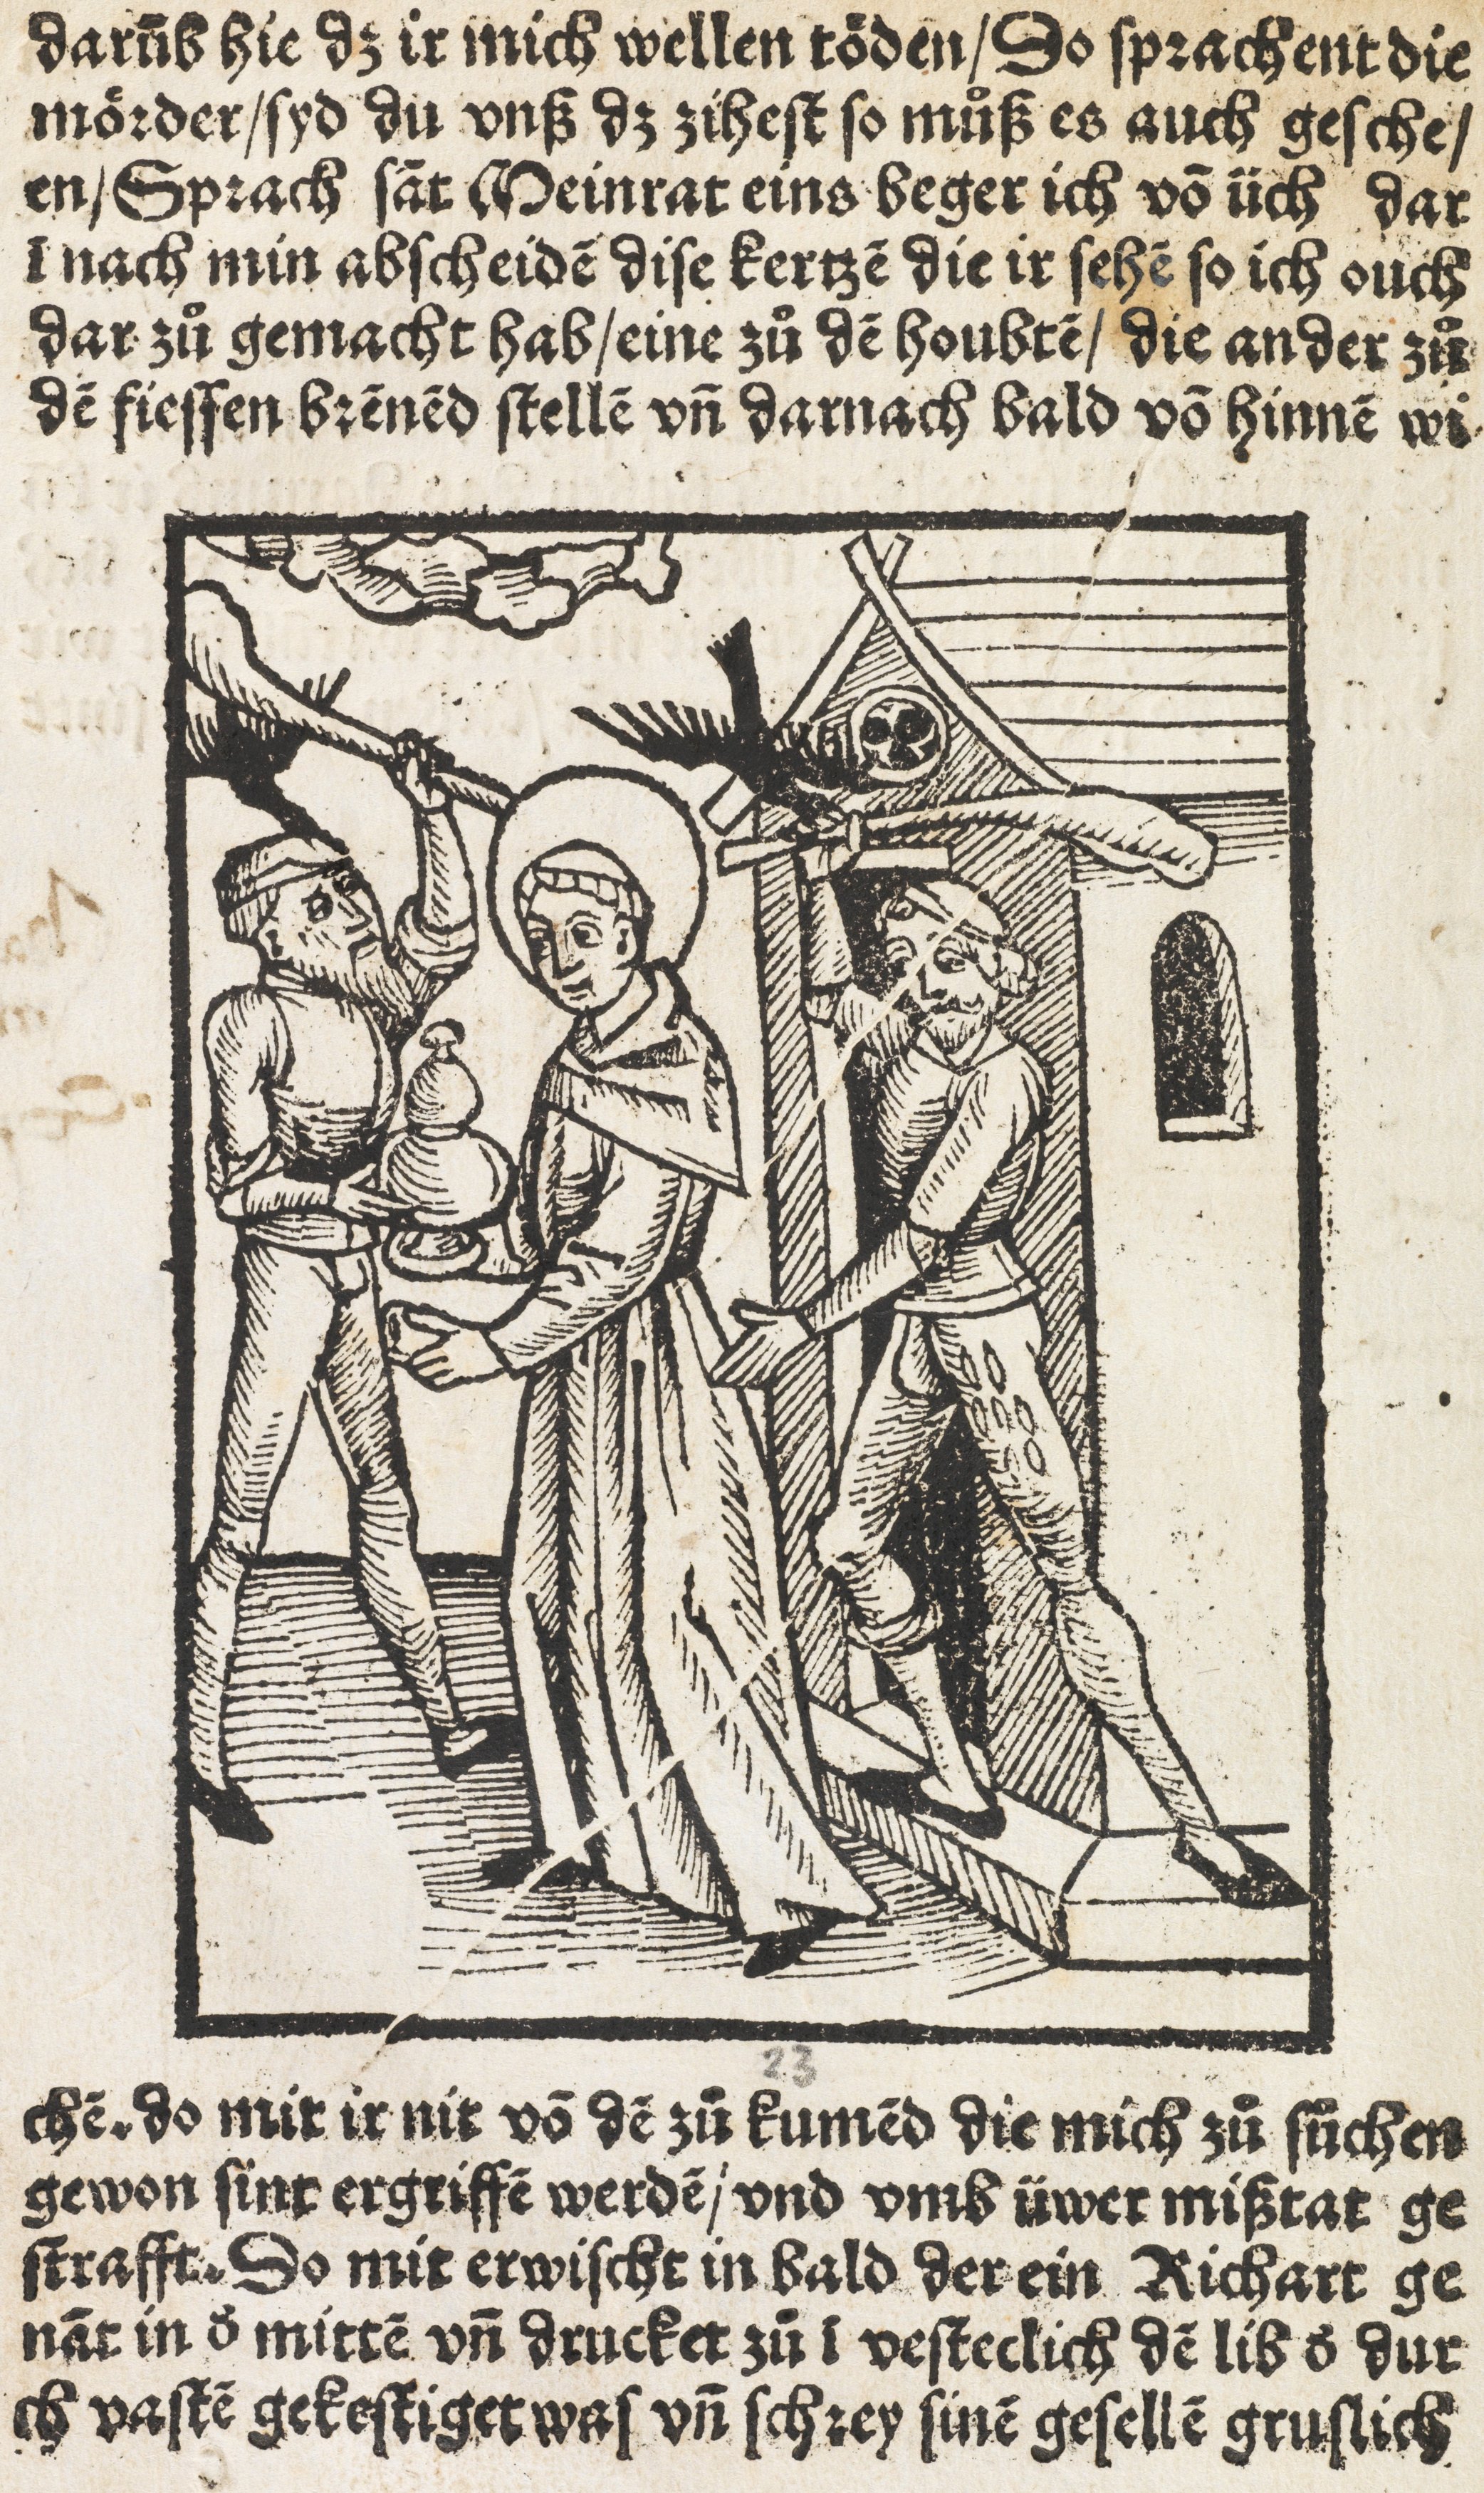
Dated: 1505–1505